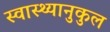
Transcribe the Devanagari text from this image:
स्वास्थ्यानुकुल